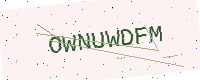
Text: OWNUWDFM